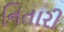
નિતારી